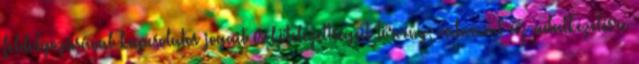
feldolgozásával kapcsolatos jogait és kötelezettségeit törvény, valamint az adatkezelésre